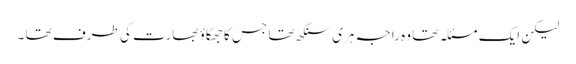
لیکن ایک مسئلہ تھا وہ راجہ ہری سنگھ تھا جس کا جھکاؤ بھارت کی طرف تھا ۔